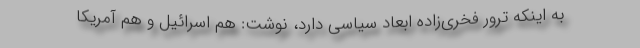
به اینکه ترور فخری‌زاده ابعاد سیاسی دارد، نوشت: هم اسرائیل و هم آمریکا